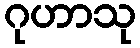
ဂုဟာသု